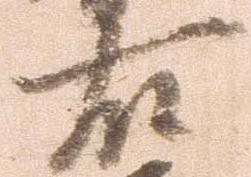
右